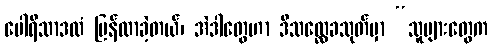
ပေါရိသာဒထံ ပြန်လာခဲ့တယ်၊ အဲဒါတွေဟာ ဒီသလ္လေခသုတ်မှာ “သူများတွေက